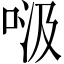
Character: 𱒹